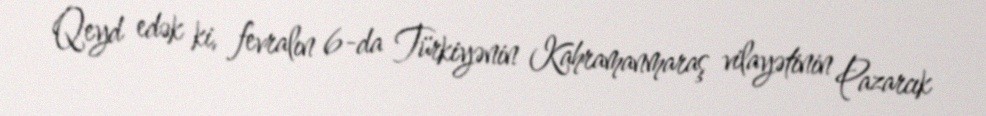
Qeyd edək ki, fevralın 6-da Türkiyənin Kahramanmaraş vilayətinin Pazarcık